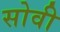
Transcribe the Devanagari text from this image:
सोवी